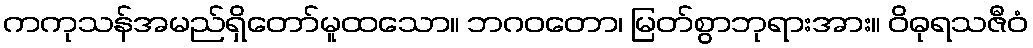
ကကုသန်အမည်ရှိတော်မူထသော။ ဘဂဝတော၊ မြတ်စွာဘုရားအား။ ဝိဓုရသဇီဝံ